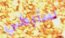
سأبكي